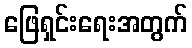
ဖြေရှင်းရေးအတွက်